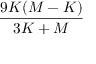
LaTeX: \frac { 9 K ( M - K ) } { 3 K + M }